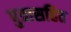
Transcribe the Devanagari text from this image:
पुत्रासहित